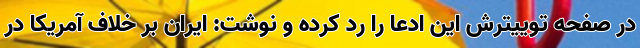
در صفحه توییترش این ادعا را رد کرده و نوشت: ایران بر خلاف آمریکا در